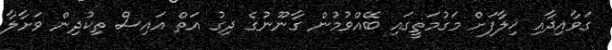
ގަވާއިދާއި ޚިލާފަށް މަގުމަތީގައި ބޭއްވުމުން ގާނޫނުގެ ދިގު އަތް އައިސް ތިކުދިން ވަށާލާ